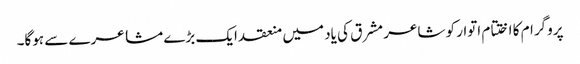
پروگرام کا اختتام اتوار کو شاعر مشرق کی یاد میں منعقد ایک بڑے مشاعرے سے ہوگا۔